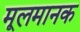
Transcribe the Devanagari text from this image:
मूलमानक